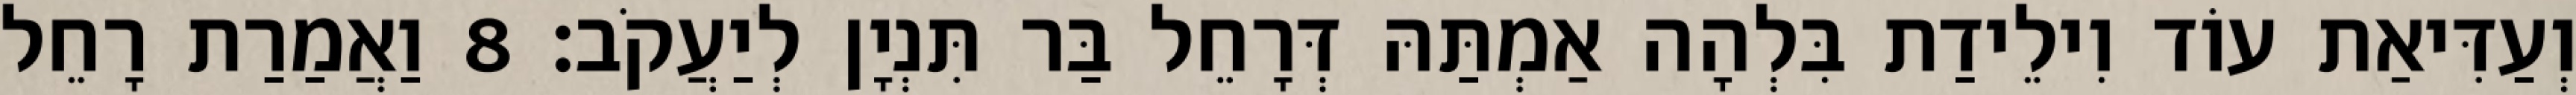
וְעַדִּיאַת עוֹד וִילֵידַת בִּלְהָה אַמְתַּהּ דְּרָחֵל בַּר תִּנְיָן לְיַעֲקֹב׃ 8 וַאֲמַרַת רָחֵל